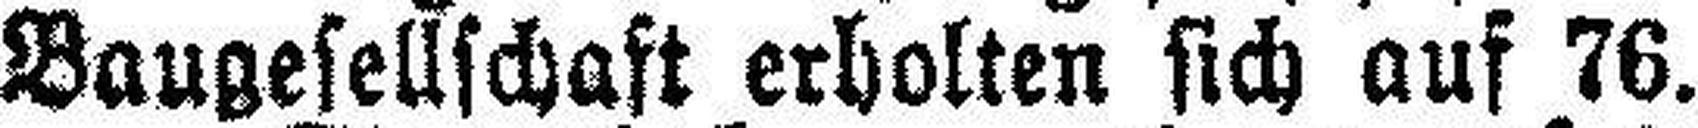
Baugesellschaft erholten sich auf 76.